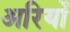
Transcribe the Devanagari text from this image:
अरियों